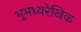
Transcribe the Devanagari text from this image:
भूमध्यरेखिक